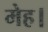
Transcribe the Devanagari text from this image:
मेह।